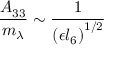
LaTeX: \frac { A _ { 3 3 } } { m _ { \lambda } } \sim \frac { 1 } { \left( \epsilon { l _ { 6 } } \right) ^ { 1 / 2 } }